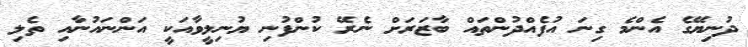
ދުނިޔޭގެ އެންމެ ގިނަ އުފެއްދުންތައް ބާޒަރަށް ނެރޭ ކުންފުނި ޔުނިލީވާއަކީ އަންނައުނާއި ތެލި